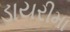
ડાયરીમા